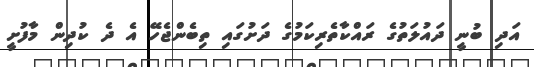
އަދި ބުނީ ދައުލަތުގެ ރައްކާތެރިކަމުގެ ދަށުގައި ތިބެންޖެހޭ އެ ދެ ކުދިން މާފުށީ